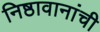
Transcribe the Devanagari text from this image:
निष्ठावानांची